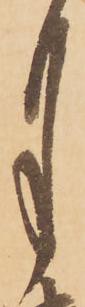
月